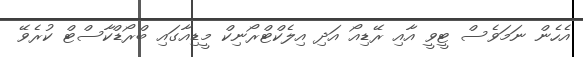
އެހެން ނަމަވެސް ޓީވީ އާއި ރޭޑިއޯ އަދި އިލެކްޓްރޯނިކް މީޑިއާގައި ބްރޯޑްކާސްޓް ކުރެވޭ